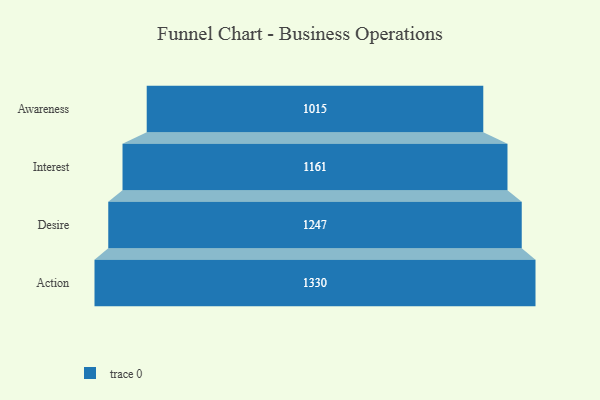
{"axis": {"x": "Stage", "y": "Value"}, "legend": [""], "data": [{"x": "Awareness", "y": 1015.0, "type": ""}, {"x": "Interest", "y": 1161.0, "type": ""}, {"x": "Desire", "y": 1247.0, "type": ""}, {"x": "Action", "y": 1330.0, "type": ""}]}